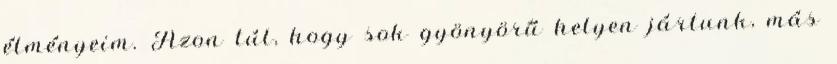
élményeim. Azon túl, hogy sok gyönyörű helyen jártunk, más